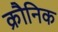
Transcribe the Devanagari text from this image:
क्रौनिक